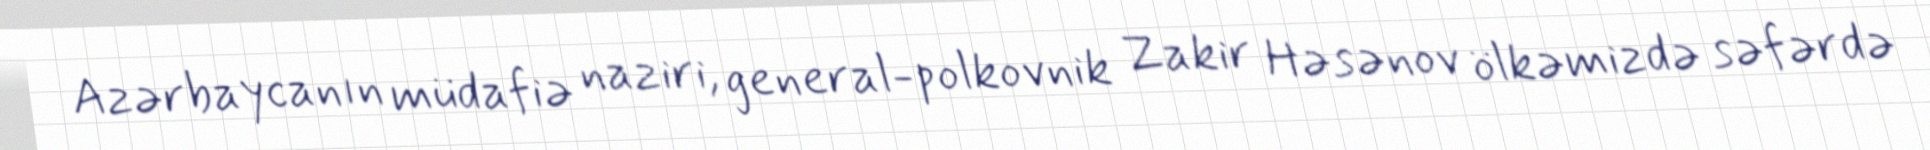
Azərbaycanın müdafiə naziri, general-polkovnik Zakir Həsənov ölkəmizdə səfərdə